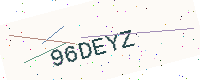
Text: 96DEYZ